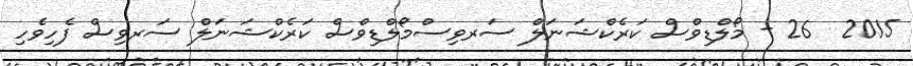
2015  26 - މޯލްޑިވްސް ކަރެކްޝަނަލް ސަރވިސްމޯލްޑިވްސް ކަރެކްޝަނަލް ސަރވިސް ފެހިވެހި